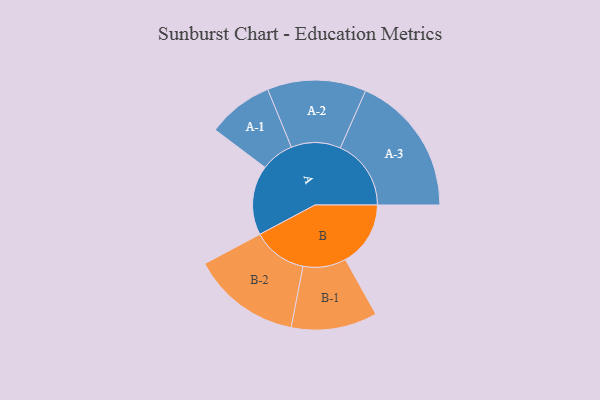
{"axis": {"x": "Segment", "y": "Value"}, "legend": ["", "A", "B"], "data": [{"x": "A", "y": 283, "type": ""}, {"x": "B", "y": 265, "type": ""}, {"x": "A-1", "y": 134, "type": "A"}, {"x": "A-2", "y": 201, "type": "A"}, {"x": "A-3", "y": 288, "type": "A"}, {"x": "B-1", "y": 175, "type": "B"}, {"x": "B-2", "y": 222, "type": "B"}]}